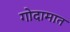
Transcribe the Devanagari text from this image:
गोदामात